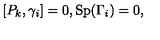
[ P _ { k } , \gamma _ { i } ] = 0 , \mathrm { S p } ( \Gamma _ { i } ) = 0 ,